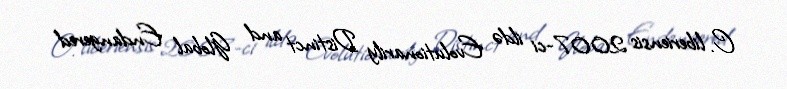
C. liberiensis 2007-ci ildə Evolutionarily Distinct and Global Endangered